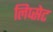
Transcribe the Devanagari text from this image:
लिप्सेट